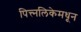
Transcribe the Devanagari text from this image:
पित्त्नलिकेमधून